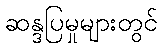
ဆန္ဒပြမှုများတွင်